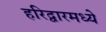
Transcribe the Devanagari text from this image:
हरिद्वारमध्ये